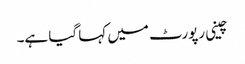
چینی رپورٹ میں کہا گیا ہے۔